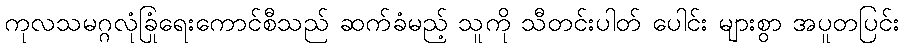
ကုလသမဂ္ဂလုံခြုံရေးကောင်စီသည် ဆက်ခံမည့် သူကို သီတင်းပါတ် ပေါင်း များစွာ အပူတပြင်း